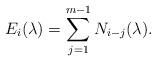
LaTeX: \begin{align*}E_i(\lambda) = \sum_{j=1}^{m-1} N_{i-j}(\lambda).\end{align*}